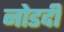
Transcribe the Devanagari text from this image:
नोडदी